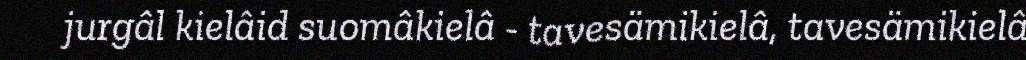
jurgâl kielâid suomâkielâ - tavesämikielâ, tavesämikielâ